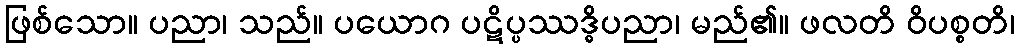
ဖြစ်သော။ ပညာ၊ သည်။ ပယောဂ ပဋိပ္ပဿဒ္ဓိပညာ၊ မည်၏။ ဖလတိ ဝိပစ္စတိ၊